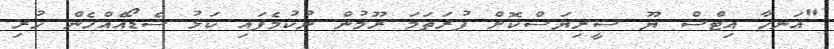
"އަނހާ އިޓްސް ޔޫ ސީރިޔަސްކޮށް ފުރަތަމަ ރޫމުން ނުކުމެފައި ކަޅު ޝެޑޯއެއްހެން ހުރި